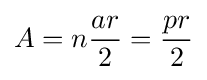
A=n{\frac {ar}{2}}={\frac {pr}{2}}